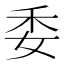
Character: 委